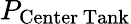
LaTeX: P_{\mathrm{{Center\, Tank}}}